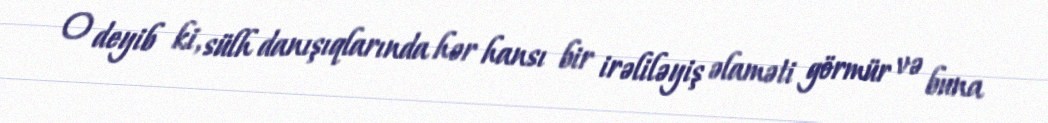
O deyib ki, sülh danışıqlarında hər hansı bir irəliləyiş əlaməti görmür və buna